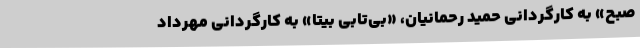
صبح» به كارگردانی حميد رحمانيان، «بی‌تابی بیتا» به كارگردانی مهرداد